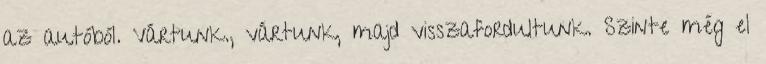
az autóból. Vártunk., vártunk, majd visszafordultunk. Szinte még el